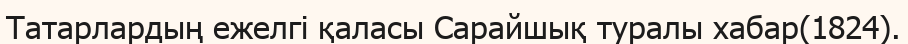
Татарлардың ежелгі қаласы Сарайшық туралы хабар(1824).